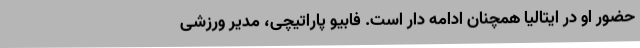
حضور او در ایتالیا همچنان ادامه دار است. فابیو پاراتیچی، مدیر ورزشی